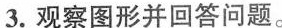
3.观察图形并回答问题。